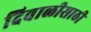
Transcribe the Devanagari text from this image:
दिवाळीसाठी